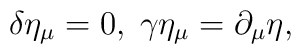
\delta \eta _\mu =0,\;\gamma \eta _\mu =\partial _\mu \eta ,